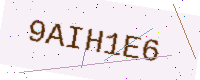
Text: 9AIH1E6